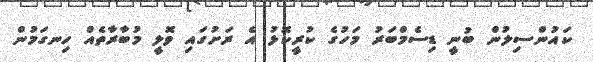
ކައުންސިލުން ބުނީ ޑިސެމްބަރު މަހުގެ ކުރީކޮޅު އެ ރަށުގައި ވޮލީ މުބާރާތެއް ހިނގަމުން